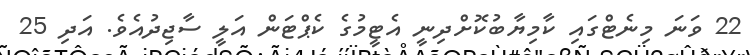
22 ވަނަ މިނެޓްގައި ކާމިޔާބުކޮށްދިނީ އެޓީމުގެ ކެޕްޓަން އަލީ ސާޖިދުއެވެ. އަދި 25